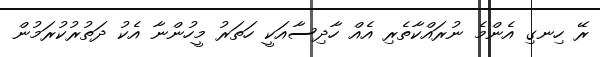
ރޭ ހިނގި އެންމެ ނުރައްކާތެރި އެއް ހާދިސާއަކީ ހަތަރު މީހުންނާ އެކު ދަތުރުކުރަމުން